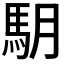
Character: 𩢋